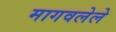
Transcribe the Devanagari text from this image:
मागवलेले